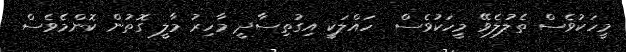
މީހަކުވެސް ތެލުލެވޭ މީހަކުވެސް  ހައްލަކީ އިގުތިސާދީ މާހިރު މާލީ ގޮތުން ކޮންމެވެސް